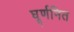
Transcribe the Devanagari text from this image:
घूर्णनित